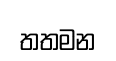
තතමන